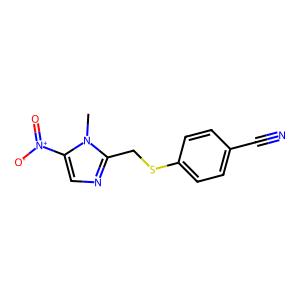
SMILES: Cn1c([N+](=O)[O-])cnc1CSc1ccc(C#N)cc1
Inhibits HIV replication: Yes